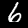
Label: 6